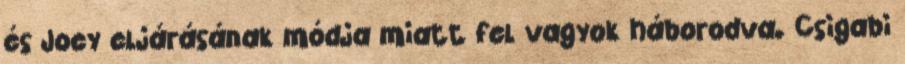
és Joey eljárásának módja miatt fel vagyok háborodva. Csigabi